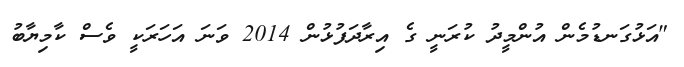
"އަޅުގަނޑުމެން އުންމީދު ކުރަނީ ގެ އިރާދަފުޅުން 2014 ވަނަ އަހަރަކީ ވެސް ކާމިޔާބު